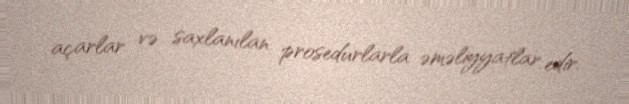
açarlar və saxlanılan prosedurlarla əməliyyatlar edir.